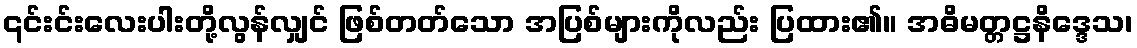
၎င်းင်းလေးပါးတို့လွန်လျှင် ဖြစ်တတ်သော အပြစ်များကိုလည်း ပြထား၏။ အဓိမတ္တဋ္ဌနိဒ္ဒေသ၊